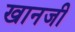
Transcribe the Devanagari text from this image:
खानजी